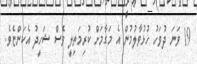
19 ވަަނަ ދުވަހު ހުޅުވާލުމުން އެ މަގާމަށް ކުރިމަތިލީ ވެސް ޝަހީދު އެކަންޏެވެ.